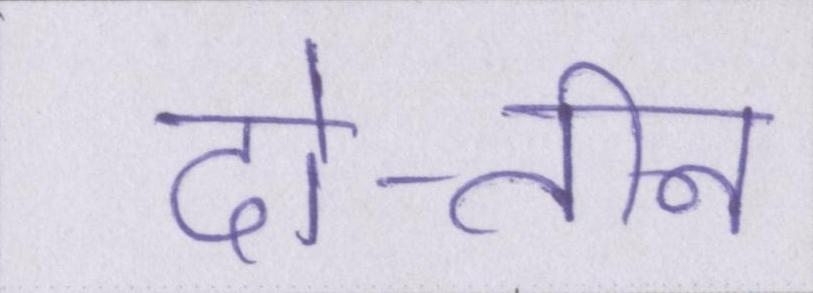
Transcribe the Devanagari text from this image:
दो-तीन